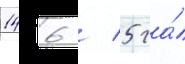
146 / 5 га́